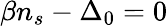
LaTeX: \beta n_{s}-\Delta_{0}=0